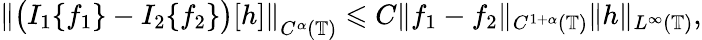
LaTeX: \begin{array}{r}{\left\| \big(I_{1}\{ f_{1}\} -I_{2}\{ f_{2}\} \big)[h]\right\| _{C^{\alpha}(\mathbb{T})}\leqslant C\| f_{1}-f_{2}\| _{C^{1+\alpha}(\mathbb{T})}\| h\| _{L^{\infty}(\mathbb{T})},}\end{array}